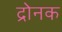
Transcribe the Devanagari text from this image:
द्रोनक